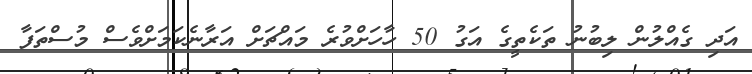
އަދި ގެއްލުން ލިބުނު ތަކެތީގެ އަގު 50 ހާހަށްވުރެ މައްޗަށް އަރާނެކަމަށްވެސް މުސްތަފާ